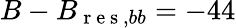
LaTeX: B-B_{\mathrm{~r~e~s~},bb}=-44